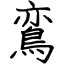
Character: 鵉